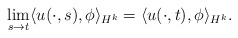
\begin{align*} \lim_{s\rightarrow t}\langle u(\cdot,s), \phi\rangle_{H^{k}} = \langle u(\cdot,t),\phi\rangle_{H^{k}}. \end{align*}